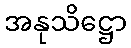
အနုသိဋ္ဌော